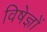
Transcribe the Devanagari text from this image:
विषेज्ञों